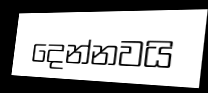
දෙන්නවයි